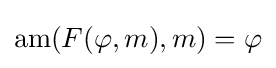
\operatorname {am} (F(\varphi ,m),m)=\varphi